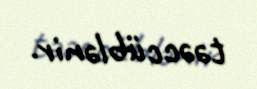
təəccüblənir.